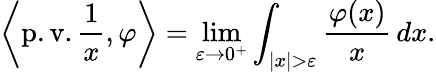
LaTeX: \left\langle\operatorname{p.v.}{\frac{1}{x}},\varphi\right\rangle=\operatorname*{lim}_{\varepsilon\to 0^{+}}\int_{|x|>\varepsilon}{\frac{\varphi(x)}{x}}\, dx.